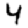
Digit: 4